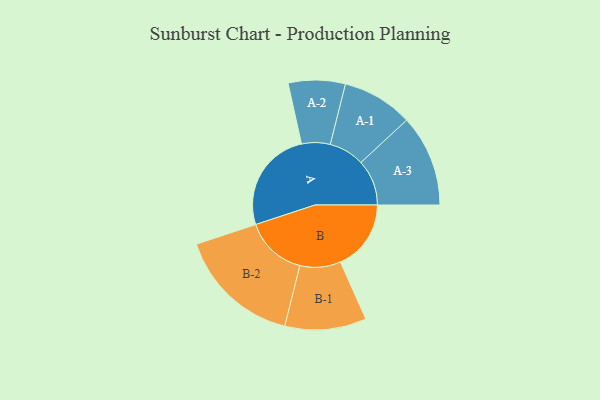
{"axis": {"x": "Segment", "y": "Value"}, "legend": ["", "A", "B"], "data": [{"x": "A", "y": 443, "type": ""}, {"x": "B", "y": 305, "type": ""}, {"x": "A-1", "y": 153, "type": "A"}, {"x": "A-2", "y": 123, "type": "A"}, {"x": "A-3", "y": 198, "type": "A"}, {"x": "B-1", "y": 176, "type": "B"}, {"x": "B-2", "y": 267, "type": "B"}]}